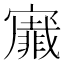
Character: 𭔡